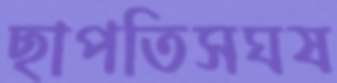
ছাপতিসঘষ